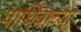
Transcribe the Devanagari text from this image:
पार्थिवाच्या